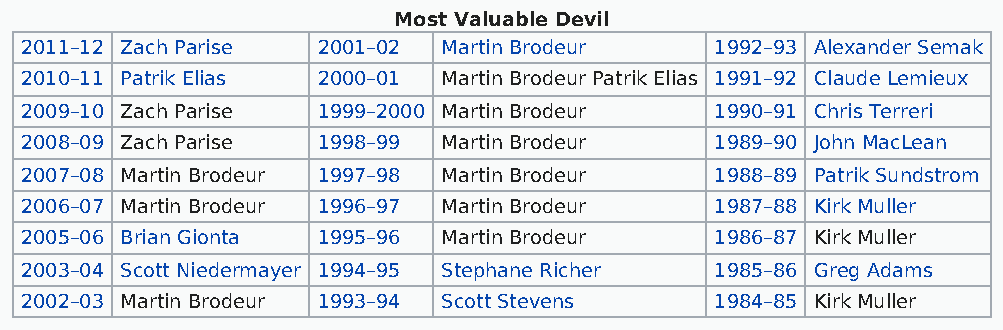
Most Valuable Devil
 2011–12 Zach Parise 2001–02 Martin Brodeur    1992–93 Alexander Semak
 2010–11 Patrik Elias 2000–01 Martin Brodeur Patrik Elias 1991–92 Claude Lemieux
 2009–10 Zach Parise 1999–2000 Martin Brodeur  1990–91 Chris Terreri
 2008–09 Zach Parise 1998–99 Martin Brodeur    1989–90 John MacLean
 2007–08 Martin Brodeur 1997–98 Martin Brodeur 1988–89 Patrik Sundstrom
 2006–07 Martin Brodeur 1996–97 Martin Brodeur 1987–88 Kirk Muller
 2005–06 Brian Gionta 1995–96 Martin Brodeur   1986–87 Kirk Muller
 2003–04 Scott Niedermayer 1994–95 Stephane Richer 1985–86 Greg Adams
 2002–03 Martin Brodeur 1993–94 Scott Stevens  1984–85 Kirk Muller